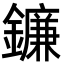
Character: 鐮